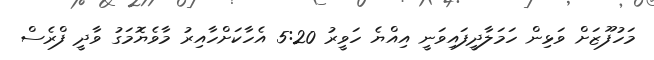
މަހުފޫޒަށް ވަޅިން ހަމަލާދީފައިވަނީ އިއްޔެ ހަވީރު 5:20 އެހާކަށްހާއިރު މާވެޔޮމަގު ވާދީ ފްރެސް